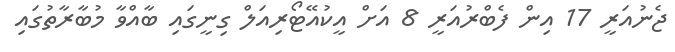
ޖެނުއަރީ 17 އިން ފެބްރުއަރީ 8 އަށް އީކުއޭޓޯރިއަލް ގިނީގައި ބާއްވާ މުބާރާތުގައި